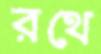
রথে